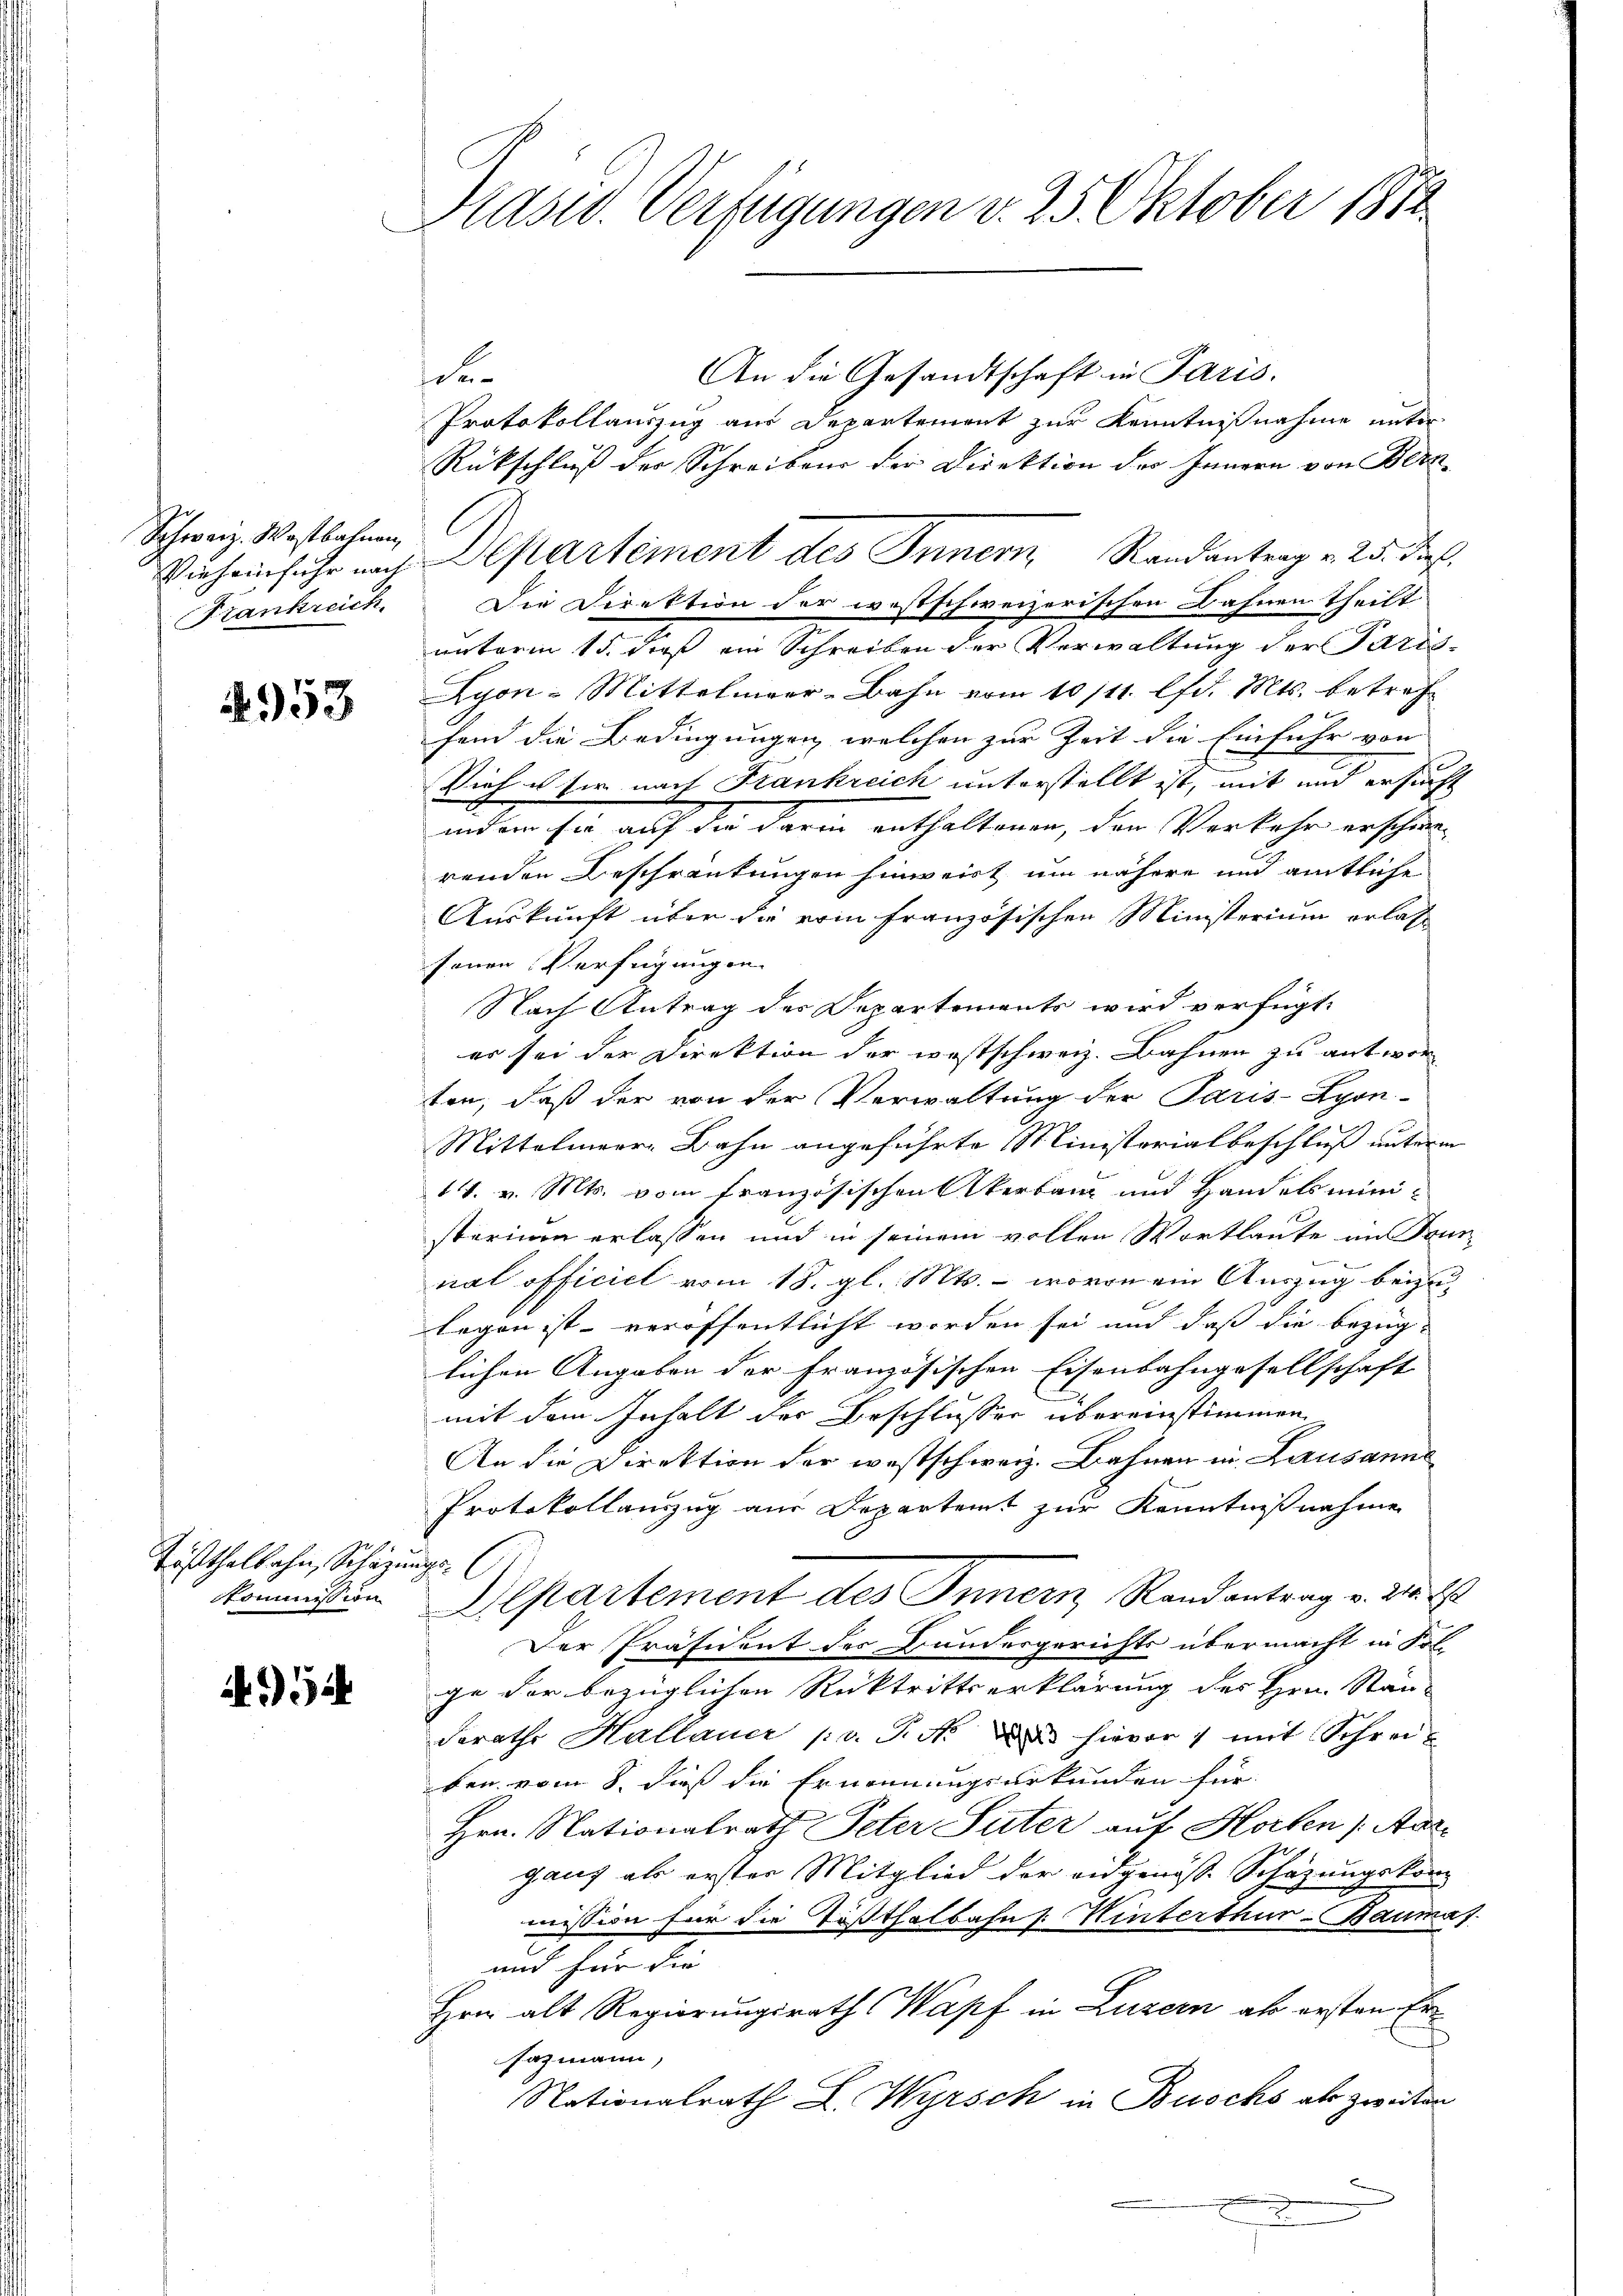
Schweiz. Wostbahnen
Vieheinfuhr nach
Frankreich.

4953

Tößthalbahn, Schazun
Kommission

52

Plast. Verfügungen v. 25. Oktober 1874

An die Gesandtschaft in Paris.
de
Protokollauszug aus Departement zur Kenntnißnahme unter
Rückschluß der Schreibens der Direktion der Innern von Bern-
Die Direktion der westschweizerischen Bahnen Theilt
nnterm 15. daß ein Schreiben der Verwaltung der Paris¬
Lyon-Mittelmeer-Bahn vom 10/11. lfd. Mts. betref
hend die Bedingungen, welchen zur Zeit die Einfuhr von
Vief u für nach Frankreich unterstellt ist, mit und ersucht
indem sie auf die darin enthaltenen, der Verkehr erschie-
renden Beschränkungen hinweist um nähere und amtliche
Auskunft über die vom französischen Ministerium erlass
sonen Verfügungen.
Nach Antrag der Departements wird verfügt:
er sei der Direktion der westschweiz. Bahnen zu antwor
ten, daß der von der Verwaltung der Paris-Lyon-
Mittelmeer, Bahn angeführte Ministerialbeschluß unterm
14. v. Mts. vom Französischen Akerbang und Handelsministerium erlassen und in seinem vollen Wortlaute im Trun
nat officiel vom 18. gl. Mts. – wovon ein Auszug beizulegen ist veröffentlicht worden sei und daß die bezüg-
lichen Angaben der Französischen Eisenbahngesellschaft
mit dem Inhalt der Beschlusser übereinstimmen
An die Direktion der westschweiz. Bahnen in Lausanne
Protokollauszug aus Departamt zur Kenntnißnahme

Departement des Innern, Randantrag v. 24. 2
Der Präsident des Bundesgerichts übermacht in Fol-
ge der bezüglichen Rücktrittserklärung des Hrn. Stän-
Ferathe Hallauer pr. J. da hievor mit Schreiben vom 8. dieß die Ernennungsurkunden für |
Hrn. Nationalrath Peter Suter auf Horten Aargauf als erster Mitglied der eidgenöss. Schazungskom
mission für die Tößthalbahn Winterthur–Baumas
und für die |
Hrn alt Regierungsrath Wapf in Luzern als ersten Ersazmann,
Nationalrath L. Wyrsch in Buschs als zweiten
x

Departement des Innern Randantrag v. 25. die